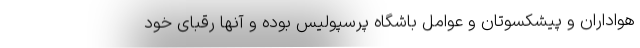
هواداران و پیشکسوتان و عوامل باشگاه پرسپولیس بوده و آنها رقبای خود